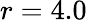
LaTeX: r=4.0